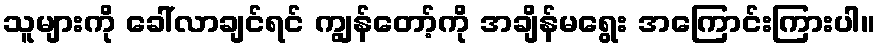
သူများကို ခေါ်လာချင်ရင် ကျွန်တော့်ကို အချိန်မရွေး အကြောင်းကြားပါ။